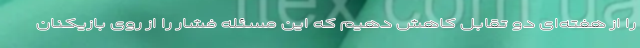
را از هفته‌ای دو تقابل کاهش دهیم که این مسئله فشار را از روی بازیکنان